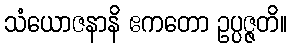
သံယောဇနာနိ ဧကတော ဥပ္ပဇ္ဇတိ။